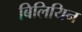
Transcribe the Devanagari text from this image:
बिलियिन